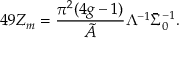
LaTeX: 4 9 Z _ { m } = \frac { \pi ^ { 2 } ( 4 g - 1 ) } { \tilde { A } } \Lambda ^ { - 1 } \bar { \Sigma } _ { 0 } ^ { - 1 } .